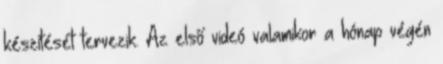
készítését tervezik. Az első videó valamikor a hónap végén